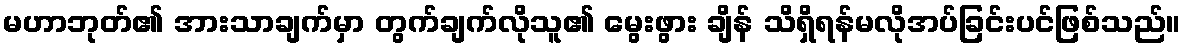
မဟာဘုတ်၏ အားသာချက်မှာ တွက်ချက်လိုသူ၏ မွေးဖွား ချိန် သိရှိရန်မလိုအပ်ခြင်းပင်ဖြစ်သည်။